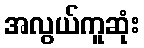
အလွယ်ကူဆုံး